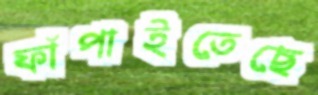
ফাঁপাইতেছে